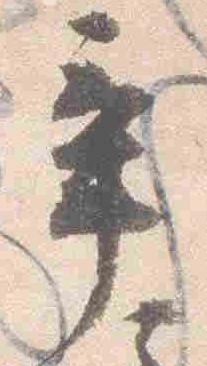
辛